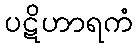
ပဋိဟာရကံ